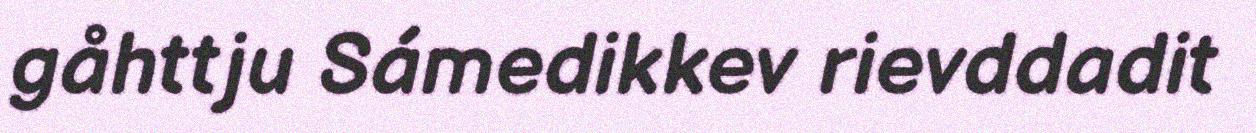
gåhttju Sámedikkev rievddadit